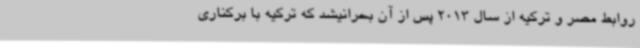
روابط مصر و ترکیه از سال 2013 پس از آن بحرانیشد که ترکیه با برکناری